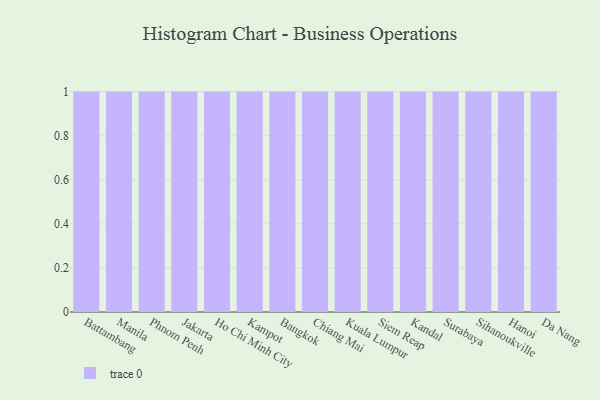
{"axis": {"x": "City", "y": "Gross Profit (USD K)"}, "legend": [""], "data": [{"x": "Battambang", "y": 20, "type": ""}, {"x": "Manila", "y": 6, "type": ""}, {"x": "Phnom Penh", "y": 52, "type": ""}, {"x": "Jakarta", "y": 56, "type": ""}, {"x": "Ho Chi Minh City", "y": 71, "type": ""}, {"x": "Kampot", "y": 73, "type": ""}, {"x": "Bangkok", "y": 70, "type": ""}, {"x": "Chiang Mai", "y": 67, "type": ""}, {"x": "Kuala Lumpur", "y": 50, "type": ""}, {"x": "Siem Reap", "y": 39, "type": ""}, {"x": "Kandal", "y": 54, "type": ""}, {"x": "Surabaya", "y": 41, "type": ""}, {"x": "Sihanoukville", "y": 51, "type": ""}, {"x": "Hanoi", "y": 79, "type": ""}, {"x": "Da Nang", "y": 30, "type": ""}]}